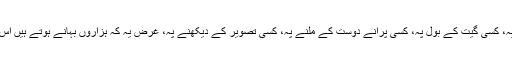
کسی فلم کے ڈائیلاگ پہ، کسی گیت کے بول پہ، کسی پرانے دوست کے ملنے پہ، کسی تصویر کے دیکھنے پہ، غرض یہ کہ ہزاروں بہانے ہوتے ہیں اس قیام گاہ میں آنے کے۔